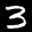
Label: 3